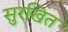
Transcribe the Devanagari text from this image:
सुरखित